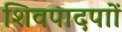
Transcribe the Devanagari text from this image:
शिवपादपाों